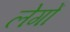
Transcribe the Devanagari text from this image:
लेगों